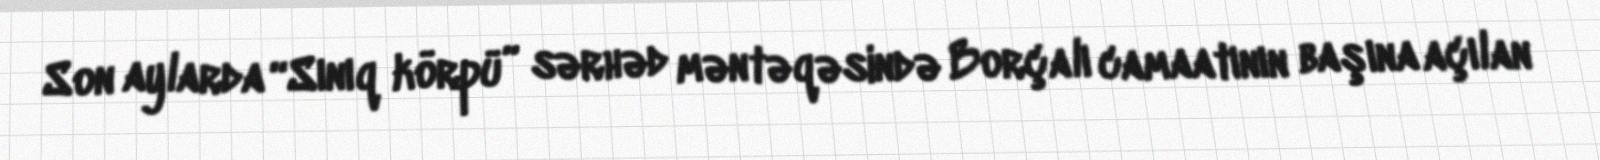
Son aylarda “Sınıq körpü” sərhəd məntəqəsində Borçalı camaatının başına açılan